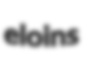
eloins